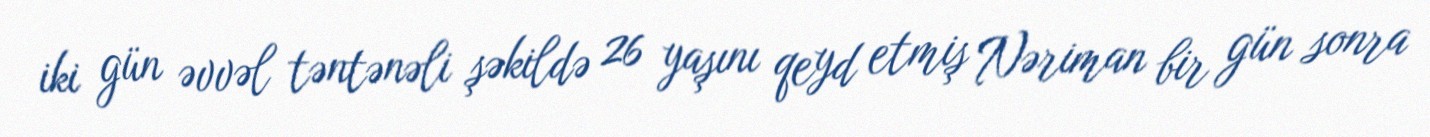
iki gün əvvəl təntənəli şəkildə 26 yaşını qeyd etmiş Nəriman bir gün sonra